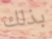
بذلك